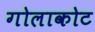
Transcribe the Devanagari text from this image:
गोलाकोट